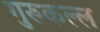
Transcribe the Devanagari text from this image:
गुरुकल्ल